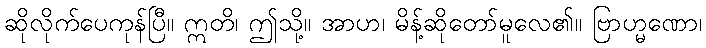
ဆိုလိုက်ပေကုန်ပြီ။ ဣတိ၊ ဤသို့။ အာဟ၊ မိန့်ဆိုတော်မူလေ၏။ ဗြာဟ္မဏော၊